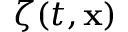
\boldsymbol { \zeta } ( t , \mathbf x )